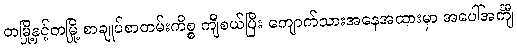
တမြို့နှင့်တမြို့ စာချုပ်စာတမ်းကိစ္စ ကျီစယ်ပြီး ကျောက်သားအနေအထားမှာ အပေါ်အင်္ကျီ